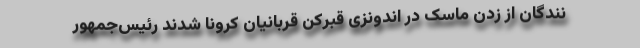
نندگان از زدن ماسک در اندونزی قبرکن قربانیان کرونا شدند رئیس‌جمهور